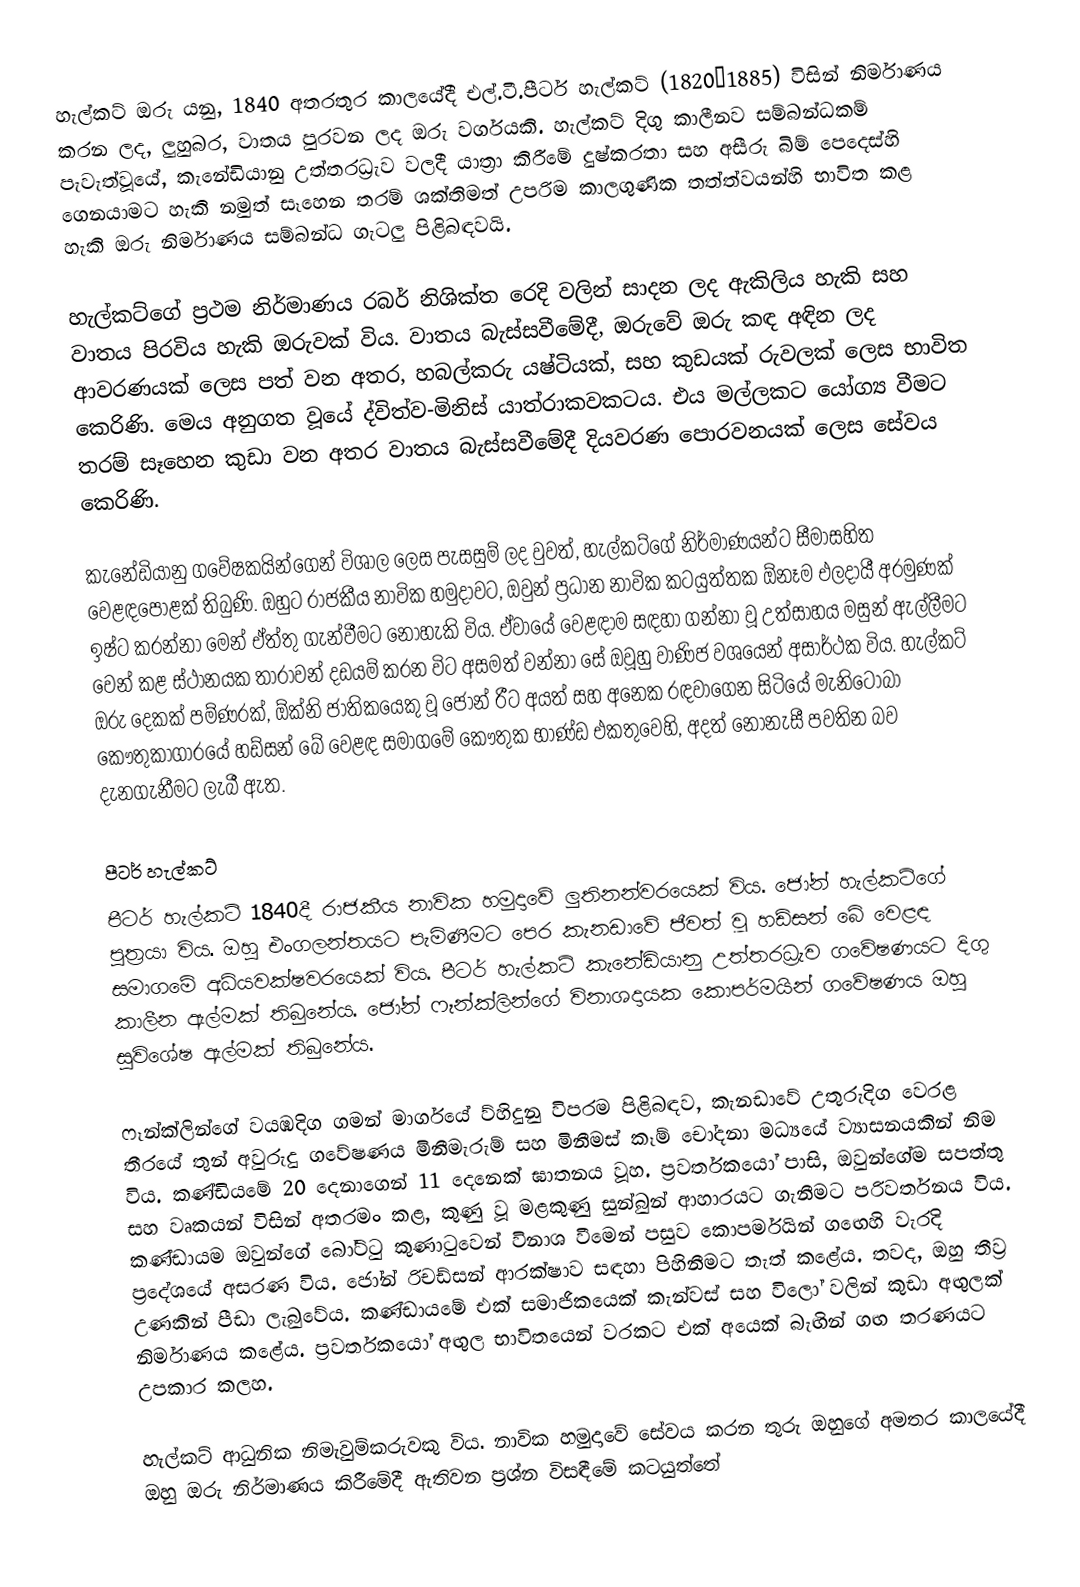
හැල්කට් ඔරු යනු, 1840 අතරතුර කාලයේදී එල්.ටී.පීටර් හැල්කට් (1820–1885) විසින් නිර්මාණය කරන ලද, ලුහුබර, වාතය පුරවන ලද ඔරු වර්ගයකි. හැල්කට් දිගු කාලීනව සම්බන්ධකම් පැවැත්වූයේ, කැනේඩියානු උත්තරධ්‍රැව වලදී යාත්‍රා කිරීමේ දුෂ්කරතා සහ  අසීරු බිම් පෙදෙස්හි ගෙනයාමට හැකි නමුත් සෑහෙන තරම් ශක්තිමත් උපරිම කාලගුණික තත්ත්වයන්හි භාවිත කළ හැකි ඔරු නිර්මාණය සම්බන්ධ ගැටලු පිළිබඳවයි.

හැල්කට්ගේ ප්‍රථම නිර්මාණය රබර් නිශික්ත රෙදි වලින් සාදන ලද ඇකිලිය හැකි සහ වාතය පිරවිය හැකි ඔරුවක් විය. වාතය බැස්සවීමේදී, ඔරුවේ ඔරු කඳ අඳින ලද ආවරණයක් ලෙස පත් වන අතර,  හබල්කරු යෂ්ටියක්, සහ කුඩයක් රුවලක් ලෙස භාවිත කෙරිණි. මෙය අනුගත වූයේ ද්විත්ව-මිනිස් යාත්රාකවකටය. එය මල්ලකට යෝග්‍ය වීමට තරම් සෑහෙන කුඩා වන අතර වාතය බැස්සවීමේදී දියවරණ පොරවනයක් ලෙස සේවය කෙරිණි.

කැනේඩියානු ගවේෂකයින්ගෙන් විශාල ලෙස පැසසුම් ලද වුවත්, හැල්කට්ගේ නිර්මාණයන්ට සීමාසහිත වෙළඳපොළක් තිබුණි. ඔහුට රාජකීය නාවික හමුදාවට, ඔවුන් ප්‍රධාන නාවික කටයුත්තක ඕනෑම එලදායී අරමුණක් ඉෂ්ට කරන්නා මෙන් ඒත්තු ගැන්වීමට නොහැකි විය. ඒවායේ වෙළඳාම සඳහා ගන්නා වූ උත්සාහය මසුන් ඇල්ලීමට වෙන් කළ ස්ථානයක තාරාවන් දඩයම් කරන විට අසමත් වන්නා සේ  ඔවූහු වාණිජ වශයෙන් අසාර්ථක විය. හැල්කට්  ඔරු දෙකක් පම්ණරක්, ඕක්නි ජාතිකයෙකු වූ ජෝන් රීට අයත් සහ අනෙක රඳවාගෙන සිටියේ මැනිටෝබා කෞතුකාගාරයේ හඩ්සන් බේ වෙළඳ සමාගමේ කෞතුක භාණ්ඩ එකතුවෙහි, අදත් නොනැසී පවතින බව දැනගැනීමට ලැබී ඇත.

පීටර් හැල්කට්
පීටර් හැල්කට් 1840දී රාජකීය නාවික හමුදාවේ ලුතිනන්වරයෙක් විය. ජෝන් හැල්කට්ගේ පුත්‍රයා විය. ඔහු එංගලන්තයට පැමිණීමට පෙර කැනඩාවේ ජීවත් වූ හඩ්සන් බේ වෙළඳ සමාගමේ අධ්යවක්ෂවරයෙක් විය. පීටර් හැල්කට් කැනේඩියානු උත්තරධ්‍රැව ගවේෂණයට දිගු කාලීන ඇල්මක් තිබුනේය.  ජෝන් ෆෑන්ක්ලින්ගේ විනාශදායක කොපර්මයින් ගවේෂණය ඔහු සුවිශේෂ ඇල්මක් තිබුනේය.

ෆෑන්ක්ලින්ගේ වයඹදිග ගමන් මාර්ගයේ ව්හිදුනු විපරම පිළිබඳව,  කැනඩාවේ උතුරුදිග වෙරළ තීරයේ තුන් අවුරුදු ගවේෂණය මිනීමැරුම් සහ මිනීමස් කෑම් චෝදනා මධ්‍යයේ ව්‍යාසනයකින් නිම විය. කණ්ඩියමේ 20 දෙනාගෙන් 11 දෙනෙක් ඝාතනය වූහ. ප්‍රවර්තකයෝ පාසි, ඔවුන්ගේම සපත්තු සහ වෘකයන් විසින් අතරමං කළ, කුණු වූ මළකුණු සුන්බුන් ආහාරයට ගැනීමට පරිවර්තනය විය. කණ්ඩායම ඔවුන්ගේ බෝට්ටු කුණාටුවෙන් විනාශ වීමෙන් පසුව කොපර්මයින් ගඟෙහි වැරදි ප්‍රදේශයේ අසරණ විය. ජෝන් රිචඩ්සන් ආරක්ෂාව සඳහා පිහිනීමට තැත් කළේය. තවද, ඔහු තීව්‍ර උණකින් පීඩා ලැබුවේය. කණ්ඩායමේ එක් සමාජිකයෙක් කැන්වස්  සහ විලෝ වලින් කුඩා අඟුලක් නිර්මාණය කළේය. ප්‍රවර්තකයෝ අඟුල භාවිතයෙන් වරකට එක් අයෙක් බැඟින් ගඟ තරණයට උපකාර කලහ.

හැල්කට් ආධුනික නිමැවුම්කරුවකු විය. නාවික හමුදාවේ සේවය කරන තුරු ඔහුගේ අමතර කාලයේදී ඔහු ඔරු නිර්මාණය කිරීමේදී ඇතිවන ප්‍රශ්න විසඳීමේ කටයුත්තේ